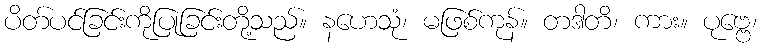
ပိတ်ပင်ခြင်းကိုပြုခြင်းတို့သည်။ နဟေသုံ၊ မဖြစ်ကုန်။ တဒါတိ၊ ကား။ ပုဗ္ဗေ၊